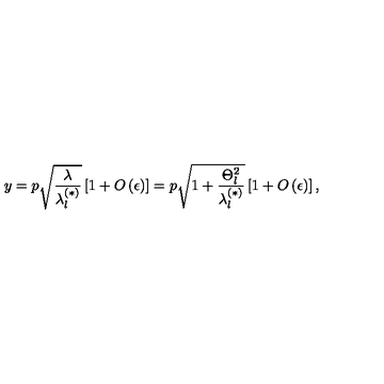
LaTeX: y = p \sqrt { \frac { \lambda } { \lambda _ { l } ^ { ( \ast ) } } } \left[ 1 + O \left( \epsilon \right) \right] = p \sqrt { 1 + \frac { \Theta _ { l } ^ { 2 } } { \lambda _ { l } ^ { ( \ast ) } } } \left[ 1 + O \left( \epsilon \right) \right] ,